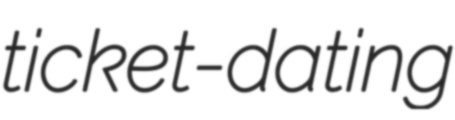
ticket-dating